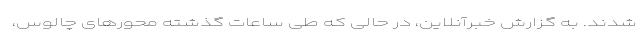
شدند. به گزارش خبرآنلاین، در حالی که طی ساعات گذشته محورهای چالوس،